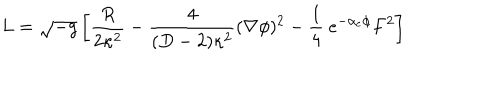
L = { \sqrt { - g } } \left[ { \frac { R } { 2 \kappa ^ { 2 } } } - { \frac { 4 } { ( D - 2 ) \kappa ^ { 2 } } } ( \nabla \phi ) ^ { 2 } - { \frac { 1 } { 4 } } \ e ^ { - \alpha _ { e } \phi } F ^ { 2 } \right]